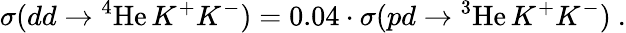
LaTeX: \sigma(dd\rightarrow\mathrm{^4He}\, K^{+}K^{-})=0.04\cdot\sigma(pd\rightarrow\mathrm{^3He}\, K^{+}K^{-})\ .